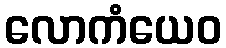
လောကံယေဝ